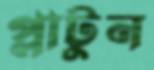
প্লাটুন